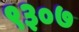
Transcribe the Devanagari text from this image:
९३०७